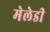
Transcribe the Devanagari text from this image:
मेलेडी